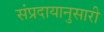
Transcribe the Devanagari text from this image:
संप्रदायानुसारी